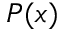
P ( x )